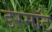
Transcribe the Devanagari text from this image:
डेरमॉट